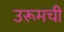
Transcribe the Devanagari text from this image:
उरूमची